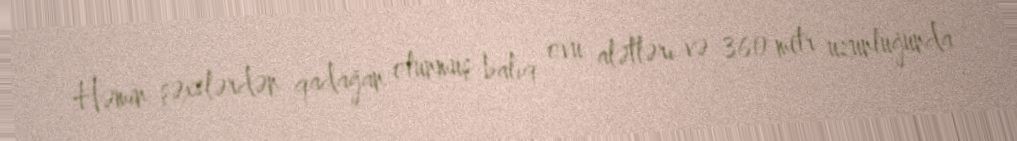
Həmin şəxslərdən qadağan olunmuş balıq ovu alətləri və 360 metr uzunluğunda